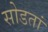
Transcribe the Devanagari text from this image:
सोडतां